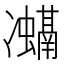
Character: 𭂨